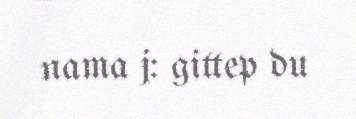
nama j: gittep du